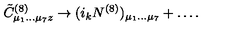
{ \tilde { C } } _ { \mu _ { 1 } \dots \mu _ { 7 } z } ^ { ( 8 ) } \rightarrow ( i _ { k } N ^ { ( 8 ) } ) _ { \mu _ { 1 } \dots \mu _ { 7 } } + \dots .